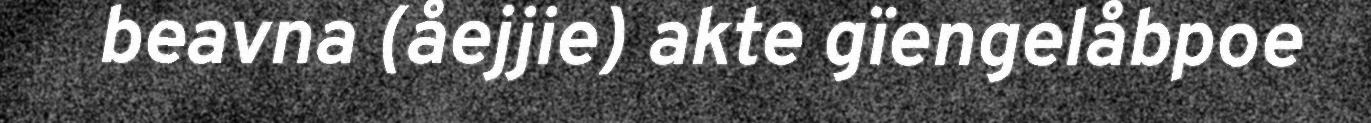
beavna (åejjie) akte gïengelåbpoe